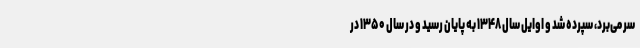
سر می‌برد، سپرده شد و اوایل سال ۱۳۴۸ به پایان رسید و در سال ۱۳۵۰ در